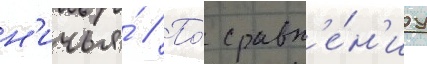
н'ичья́ // По́ сравн'е́н'иу